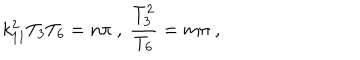
LaTeX: k _ { 1 1 } ^ { 2 } T _ { 3 } T _ { 6 } = n \pi \ , \ { \frac { T _ { 3 } ^ { 2 } } { T _ { 6 } } } = m \pi \ ,